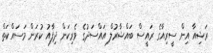
ރަޝިއާ އިން ސީރިއާގެ ރައީސް ބައްޝާރުލް އައްސަދުގެ ވެރިކަން ދިފާއު ކުރަން މަސައްކަތް